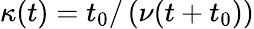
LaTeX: \kappa(t)=t_{0}/\left(\nu(t+t_{0})\right)